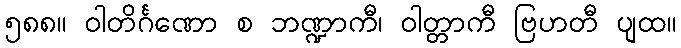
၅၈၈။ ဝါတိင်္ဂဏော စ ဘဏ္ဍာကီ၊ ဝါတ္တာကီ ဗြဟတီ ပျထ။